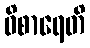
ဝိစာရေတိ